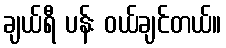
ချယ်ရီ ပန်း ဝယ်ချင်တယ်။